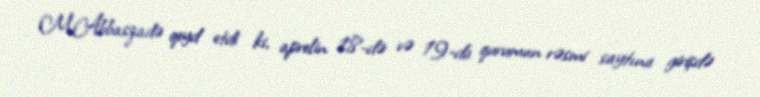
M.Abbaszadə qeyd etdi ki, aprelin 18-də və 19-da qurumun rəsmi saytına girişdə